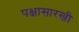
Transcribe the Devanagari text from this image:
पक्षासारखी